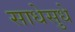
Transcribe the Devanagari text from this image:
साधेसुधे